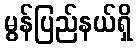
မွန်ပြည်နယ်ရှိ